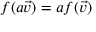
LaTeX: f ( a { \vec { v } } ) = a f ( { \vec { v } } )